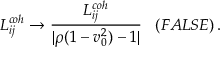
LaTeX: L _ { i j } ^ { c o h } \to \frac { L _ { i j } ^ { c o h } } { | \rho ( 1 - v _ { 0 } ^ { 2 } ) - 1 | } \; \; \; ( F A L S E ) \, .